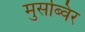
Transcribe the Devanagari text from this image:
मुसब्विर